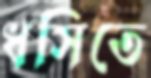
ধসিতে